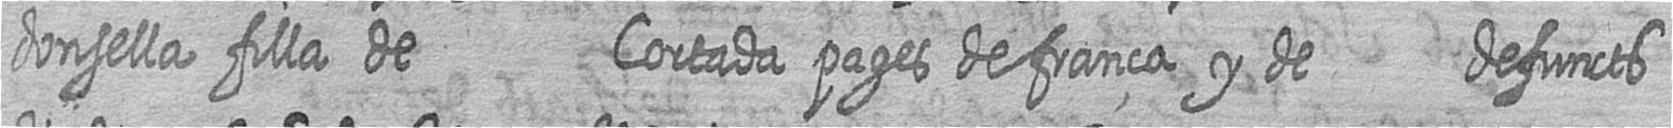
donsella filla de Cortada pages de frança y de defuncts